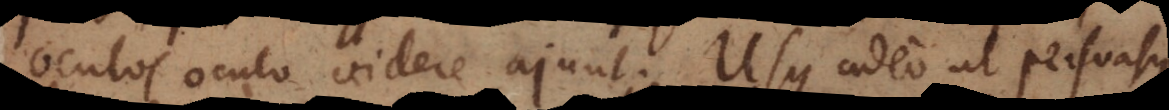
oculos oculo videre ajunt. Usque adeo ut persuasu